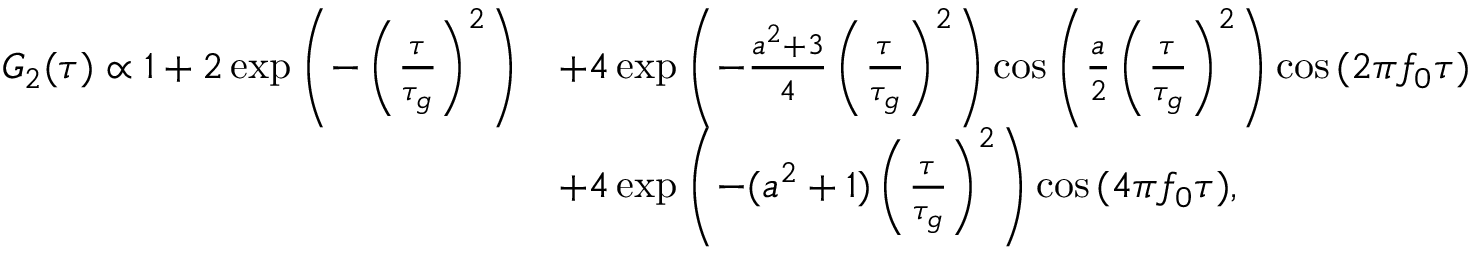
\begin{array} { r l } { G _ { 2 } ( \tau ) \propto 1 + 2 \exp { \left( - \left( \frac { \tau } { \tau _ { g } } \right) ^ { 2 } \right) } } & { + 4 \exp { \left( - \frac { a ^ { 2 } + 3 } { 4 } \left( \frac { \tau } { \tau _ { g } } \right) ^ { 2 } \right) } \cos { \left( \frac { a } { 2 } \left( \frac { \tau } { \tau _ { g } } \right) ^ { 2 } \right) } \cos { ( 2 \pi f _ { 0 } \tau ) } } \\ & { + 4 \exp { \left( - ( a ^ { 2 } + 1 ) \left( \frac { \tau } { \tau _ { g } } \right) ^ { 2 } \right) } \cos { ( 4 \pi f _ { 0 } \tau ) } , } \end{array}